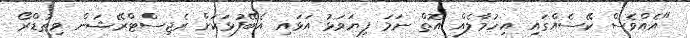
"އެއްވެސް ކޭސެއްގައި އިހުމާލެއް އޮތް ނަމަ ފިޔަވަޅު އަޅައި އެބޭފުޅަކަށް ރެޖިސްޓްރޭޝަން ވިތުޑްރޯ